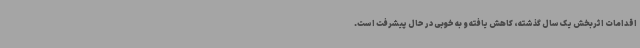
اقدامات اثربخش یک سال گذشته، کاهش یافته و به خوبی در حال پیشرفت است.